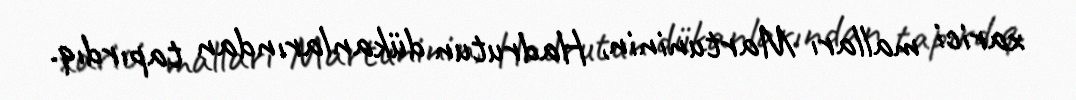
xarici malları Martuninin, Hadrutun dükanlarından tapırdıq.